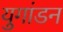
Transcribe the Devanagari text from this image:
युगांडन